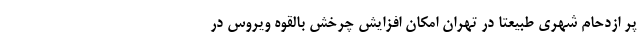
پر ازدحام شهری طبیعتا در تهران امکان افزایش چرخش بالقوه ویروس در